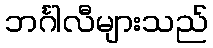
ဘင်္ဂါလီများသည်